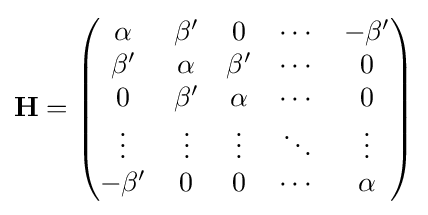
\mathbf {H} ={\begin{pmatrix}\alpha &\beta '&0&\cdots &-\beta '\\\beta '&\alpha &\beta '&\cdots &0\\0&\beta '&\alpha &\cdots &0\\\vdots &\vdots &\vdots &\ddots &\vdots \\-\beta '&0&0&\cdots &\alpha \end{pmatrix}}